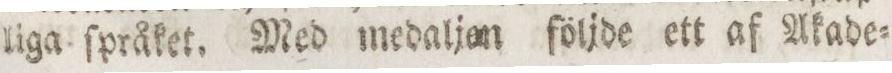
liga ſpråket. Med medaljon följde ett af Akade=